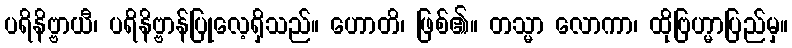
ပရိနိဗ္ဗာယီ၊ ပရိနိဗ္ဗာန်ပြုလေ့ရှိသည်။ ဟောတိ၊ ဖြစ်၏။ တသ္မာ လောကာ၊ ထိုဗြဟ္မာပြည်မှ။